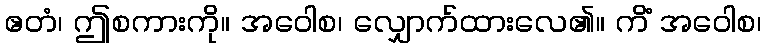
ဧတံ၊ ဤစကားကို။ အဝေါစ၊ လျှောက်ထားလေ၏။ ကိံ အဝေါစ၊